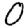
Digit: 0